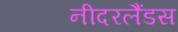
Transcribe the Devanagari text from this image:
नीदरलैंडस